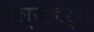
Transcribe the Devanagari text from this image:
सैल्जबर्ग